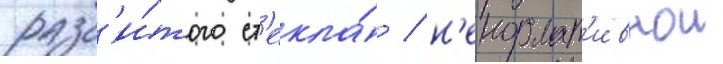
разб'и́того ст'екла́ / н'енормат'ивнои